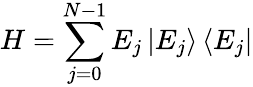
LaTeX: H=\sum_{j=0}^{N-1}E_{j}\left|E_{j}\right\rangle\left\langle E_{j}\right|